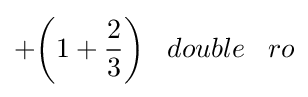
+{\bigg (}1+{\frac {2}{3}}{\bigg )}\;\;\;double\;\;\;ro